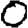
Digit: 0